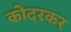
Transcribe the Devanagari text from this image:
कोदरकर